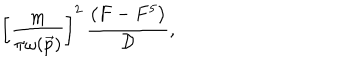
LaTeX: \left[ \frac { m } { \pi \omega ( \vec { p } ) } \right] ^ { 2 } \, \frac { \left( F - F ^ { 5 } \right) } { { \cal D } } ,